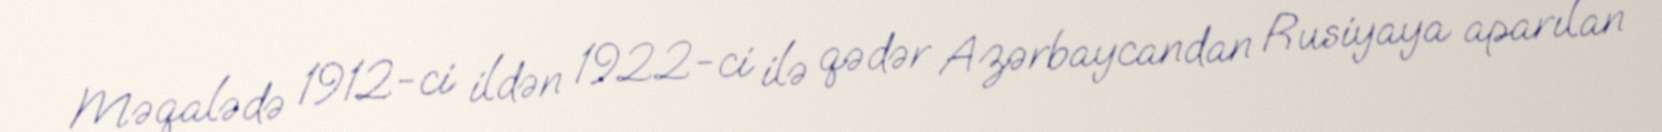
Məqalədə 1912-ci ildən 1922-ci ilə qədər Azərbaycandan Rusiyaya aparılan